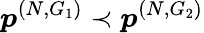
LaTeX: \boldsymbol{p}^{(N,G_{1})}\prec\boldsymbol{p}^{(N,G_{2})}